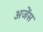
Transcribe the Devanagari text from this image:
अजेंस